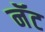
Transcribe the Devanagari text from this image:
नॅट